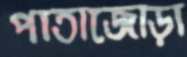
পাতাজোড়া